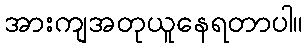
အားကျအတုယူနေရတာပါ။